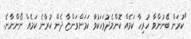
"ކުރަން ބޭނުންވާ ހުރިހާ ކަމެއް ކޮންމެދުވަހަކުވާ ކަމަށްވަންޏާ ދެން ކުރާނެ ކަމެއް ނޯންނާނެ.